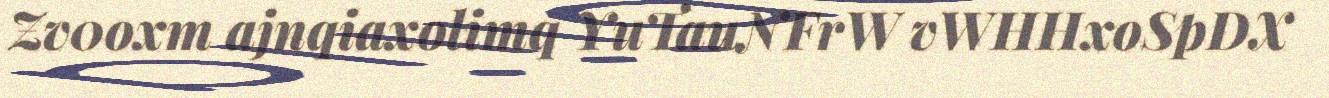
Zv0oxm ajnqiaxolimq YuTauNFrW vWHHxoSpDX